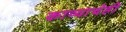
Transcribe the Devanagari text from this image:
काव्याचेही